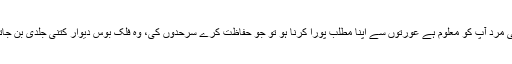
پاکستانی مرد آپ کو معلوم ہے عورتوں سے اپنا مطلب پورا کرنا ہو تو جو حفاظت کرے سرحدوں کی، وہ فلک بوس دیوار کتنی جلدی بن جاتے ہیں۔